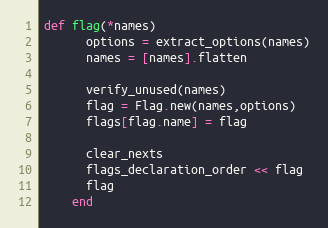
Language: Ruby
def flag(*names)
      options = extract_options(names)
      names = [names].flatten

      verify_unused(names)
      flag = Flag.new(names,options)
      flags[flag.name] = flag

      clear_nexts
      flags_declaration_order << flag
      flag
    end